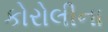
કોરોલીના